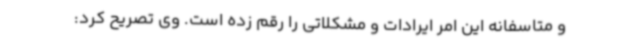
و متاسفانه این امر ایرادات و مشکلاتی را رقم زده است. وی تصریح کرد: